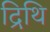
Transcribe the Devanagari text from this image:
द्रिथि